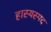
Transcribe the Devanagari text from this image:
हास्यस्पद